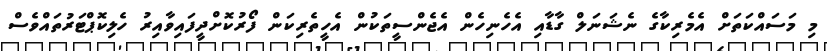
މި މަސައްކަތަށް އެމެރިކާގެ ނެޝަނަލް ގާޑާއި އެހެނިހެން އެޖެންސީތަކުން އެހީތެރިކަން ފޯރުކޮށްދީފައިވާއިރު ހެލިކޮޕްޓަރުތައްވެސް